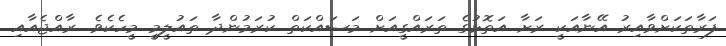
ފަރާތަކަށްވާއިރު އޭނާއަކީ ރަށާ އަތޮޅުގެ ތަރައްގީއަށް މަސައްކަތް ކުރަމުންދާ ތައުލީމީ މީހެކެވެ. ރާއްޖެއާއި